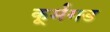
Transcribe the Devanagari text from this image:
कूर्मगड